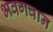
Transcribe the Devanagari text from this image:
भवगवान